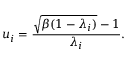
u _ { i } = \frac { \sqrt { \beta ( 1 - \lambda _ { i } ) } - 1 } { \lambda _ { i } } .